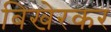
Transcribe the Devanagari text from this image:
बिखेरकर